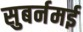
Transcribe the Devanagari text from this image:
सुबर्नमई